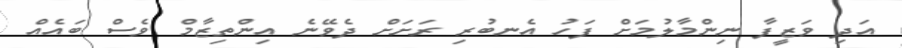
އަދި ވަޒީފާ ނިންމާލުމަށް ފަހު އެނބުރި ރަށަށް ދެވޭނެ އިންތިޒާމް ވެސް ބައެއް